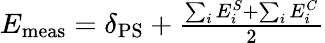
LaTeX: \begin{array}{r}{E_{\mathrm{meas}}=\delta_{\mathrm{PS}}+\frac{\sum_{i}E_{i}^{S}+\sum_{i}E_{i}^{C}}{2}}\end{array}